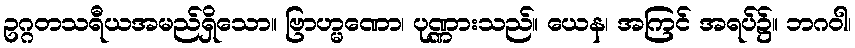
ဥဂ္ဂတသရီယအမည်ရှိသော။ ဗြာဟ္မဏော၊ ပုဏ္ဏားသည်။ ယေန၊ အကြင် အရပ်၌။ ဘဂဝါ၊